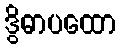
ဒွိဓာပထော